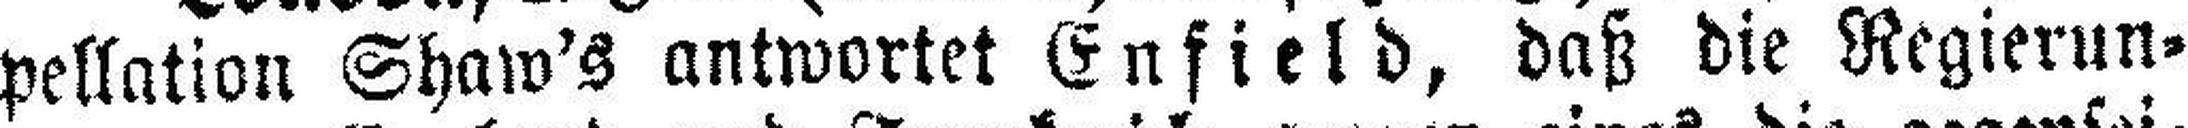
pellation Shaw's antwortet Enfield, daß die Regierun¬